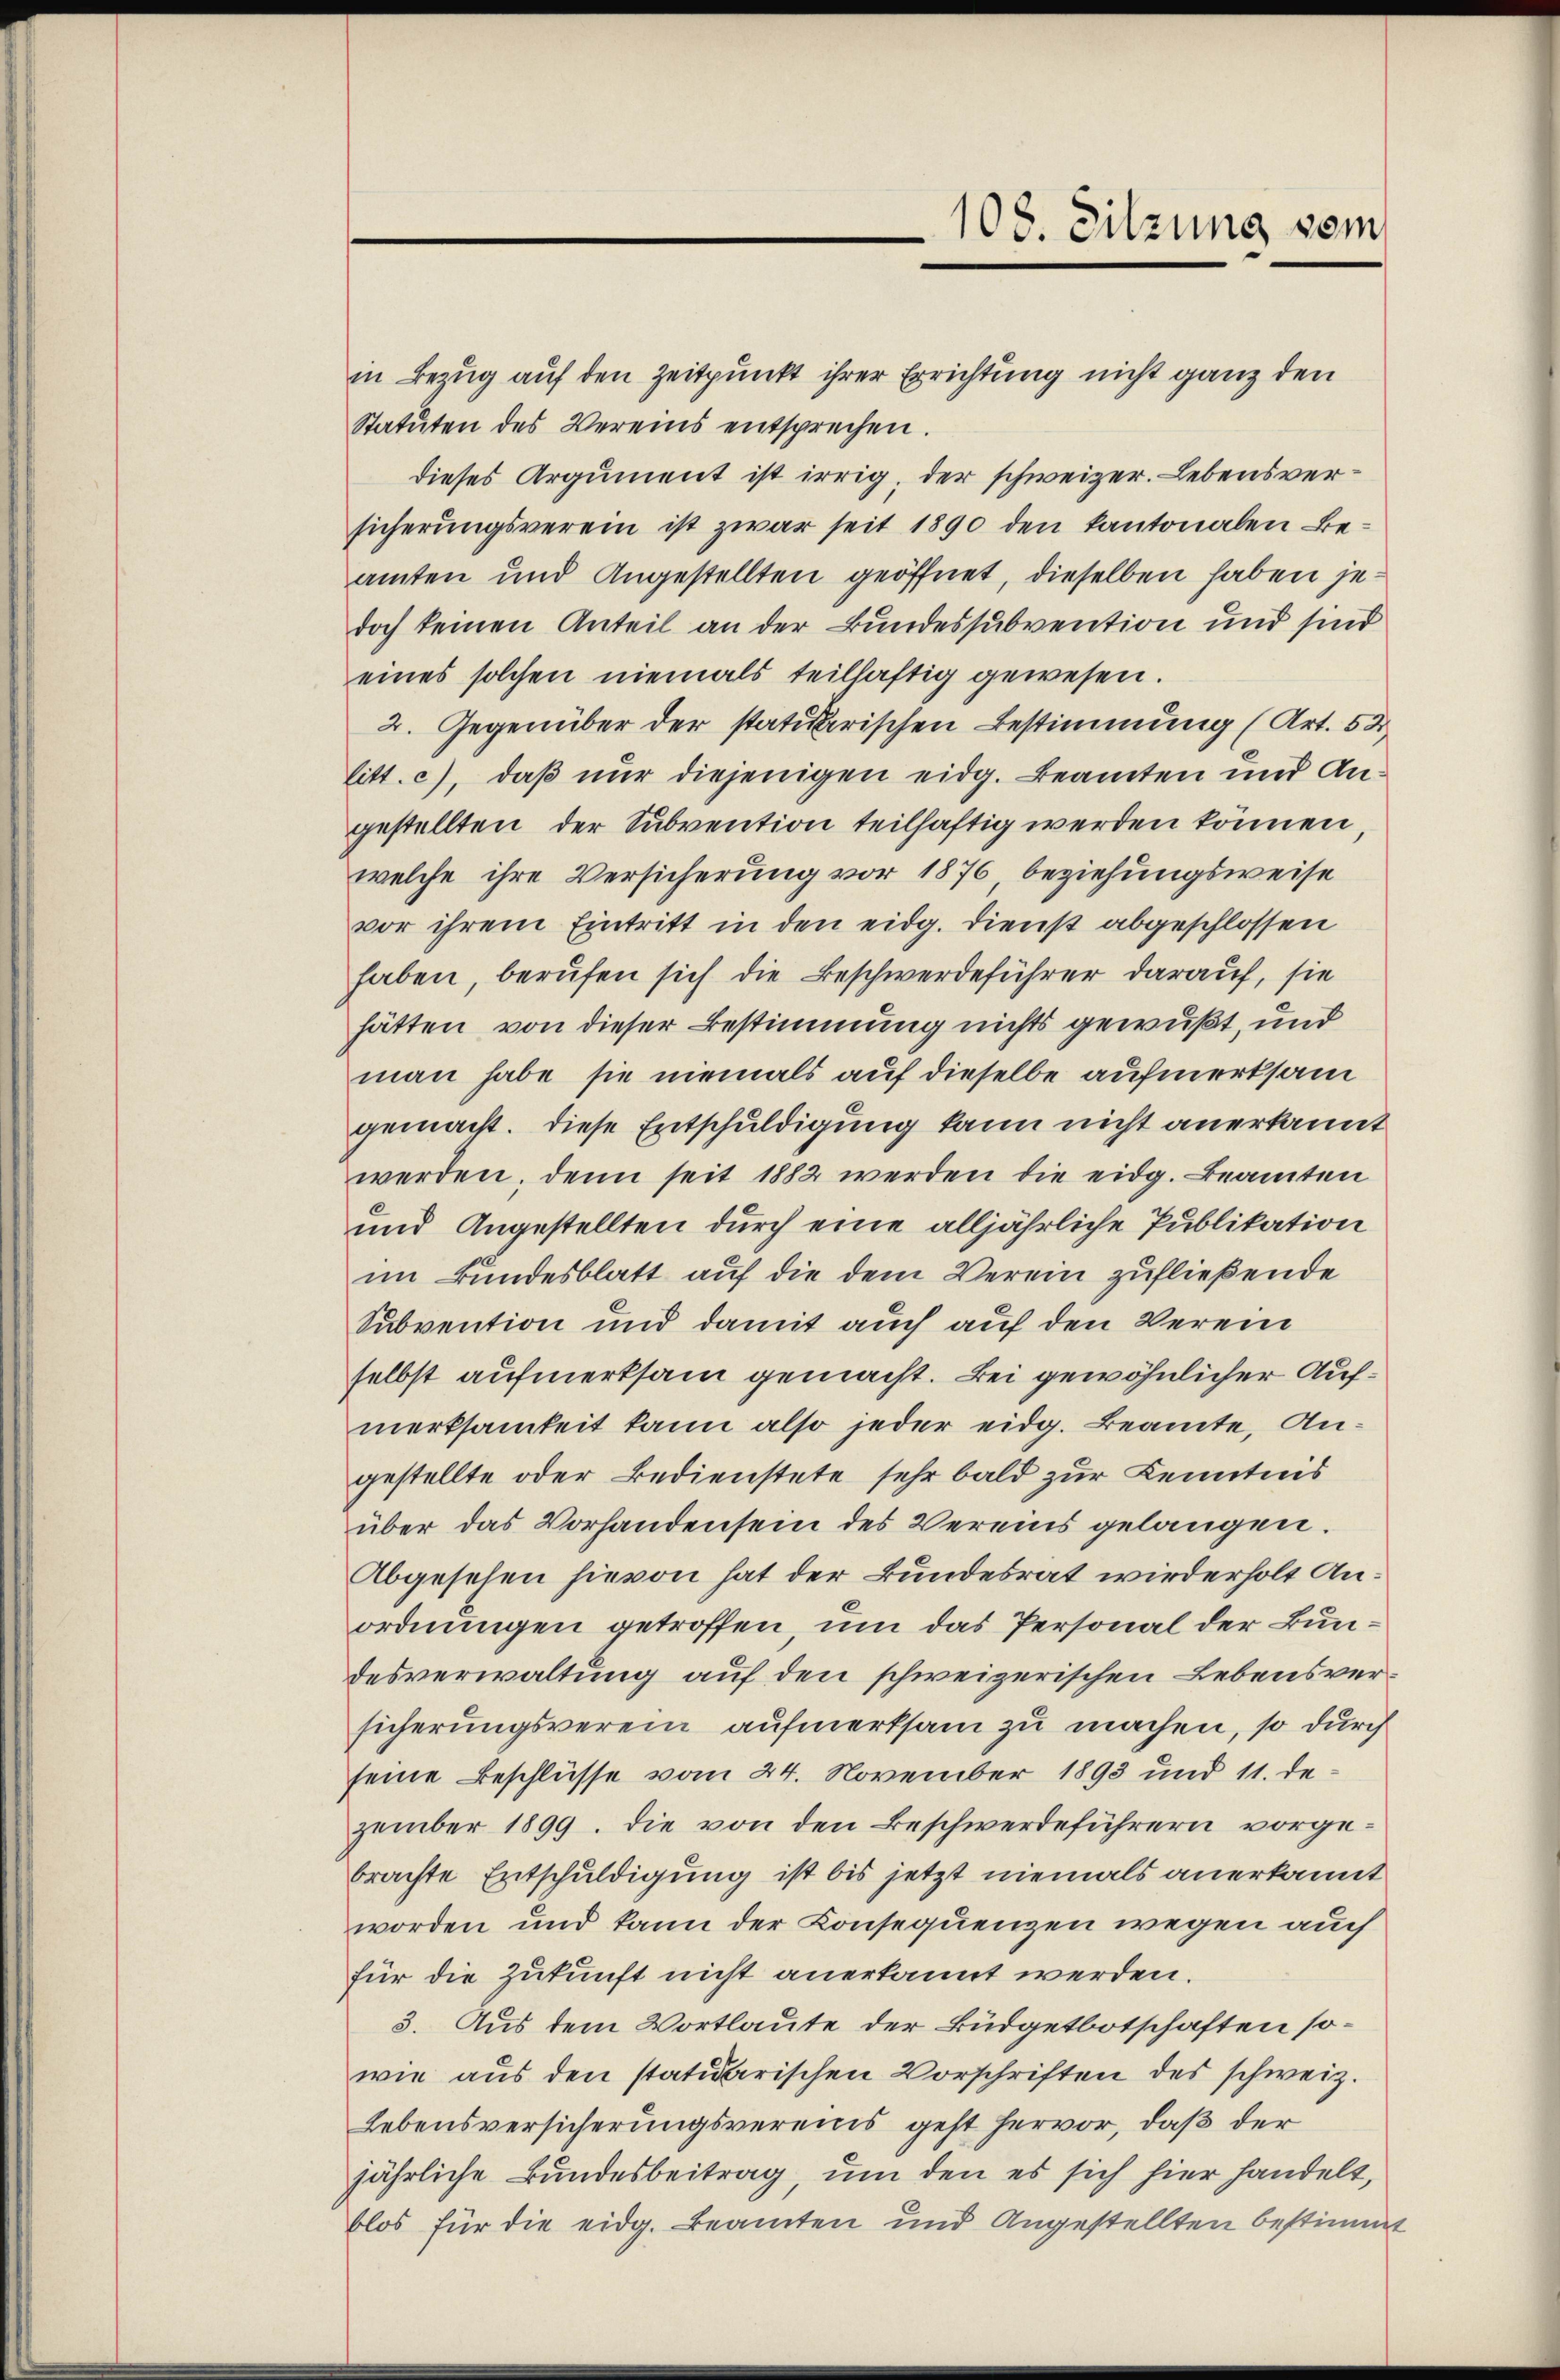
in Bezug auf den Zeitpunkt ihrer Errichtung nicht ganz den
Statuten des Vereins entsprechen.
dieses Argument ist irrig, der schweizer. Lebensversicherungsverein ist zwar seit 1890 den kantonalen Beamten und Angestellten geöffnet, dieselben haben jedoch keinen Anteil an der Bundessubvention und sind
eines solchen niemals teilhaftig gewesen.
2. Gegenüber der statuarischen Bestimmung (Art. 52
litt. c, daß nur diejenigen eidg. Beamten und Angestellten der Subvention teilhaftig werden können,
welche ihre Versicherung vor 1876 beziehungsweise
vor ihrem Eintritt in den eidg. Dienst abgeschlossen
haben, berufen sich die Beschwerdeführer darauf, sie
hätten von dieser Bestimmung nichts gewußt, und
man habe sie niemals auf dieselbe aufmerksam
gemacht. Diese Entschuldigung kann nicht anerkannt
werden, denn seit 1882 werden die eidg. Beamten
und Angestellten durch eine alljährliche Publikation
im Bundesblatt auf die dem Verein zufließende
Subvention und damit auch auf den Verein
selbst aufmerksam gemacht. Bei gewöhnlicher Aufmerksamkeit kann also jeder eidg. Beamte, Angestellte oder Bedienstete sehr bald zur Kenntnis
über das Vorhanden sein des Vereins gelangen.
Abgesehen hievon hat der Bundesrat wiederholt Anordnungen getroffen, um das Personal der Bundesverwaltung auf den schweizerischen Lebensversicherungsverein aufmerksam zu machen, so durch
seine Beschlüsse vom 24. November 1893 und 11. de
zember 1899. Die von den Beschwerdeführern vorgebrachte Entschuldigung ist bis jetzt niemals anerkannt
worden und kann der Konsequenzen wegen auch
für die Zukunft nicht anerkannt werden.
3. Aus dem Wortlaute der Büdgetbotschaften sowie aus den statuarischen Vorschriften des schweiz.
Lebensversicherungsvereins geht hervor, daß der
jährliche Bundesbeitrag, um den es sich hier handelt,
blos für die eidg. Beamten und Angestellten bestimm¬

108. Sitzung vom

2